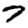
Digit: 7